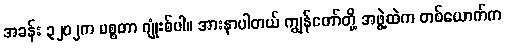
အခန်း ၃၂၀၂က မစ္စတာ ဂျုံးစ်ပါ။ အားနာပါတယ် ကျွန်တော်တို့ အဖွဲ့ထဲက တစ်ယောက်က